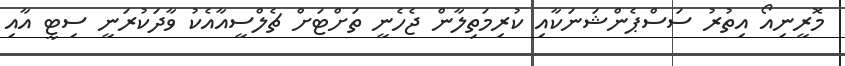
މޮރީނިއޯ އިތުރު ސަސްޕެންޝަނަކާއި ކުރިމަތިލާން ޖެހެނީ ތަށްޓަށް ޗެލްސީއާއެކު ވާދަކުރަނީ ސިޓީ އާއި